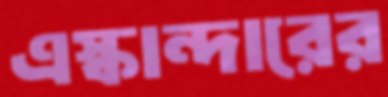
এস্কান্দারের